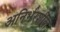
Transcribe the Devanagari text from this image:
अनिर्भरशील